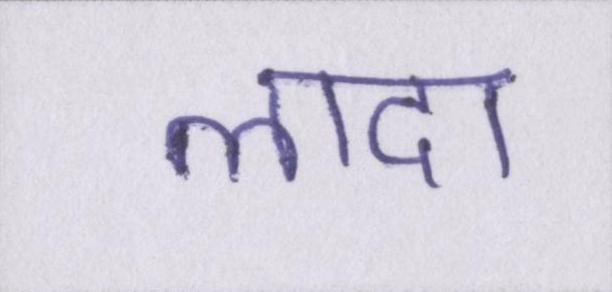
लादा